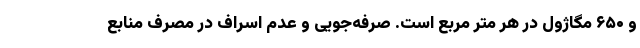
و ۶۵۰ مگاژول در هر متر مربع است. صرفه‌جویی و عدم اسراف در مصرف منابع